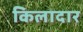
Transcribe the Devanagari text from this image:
किलादार